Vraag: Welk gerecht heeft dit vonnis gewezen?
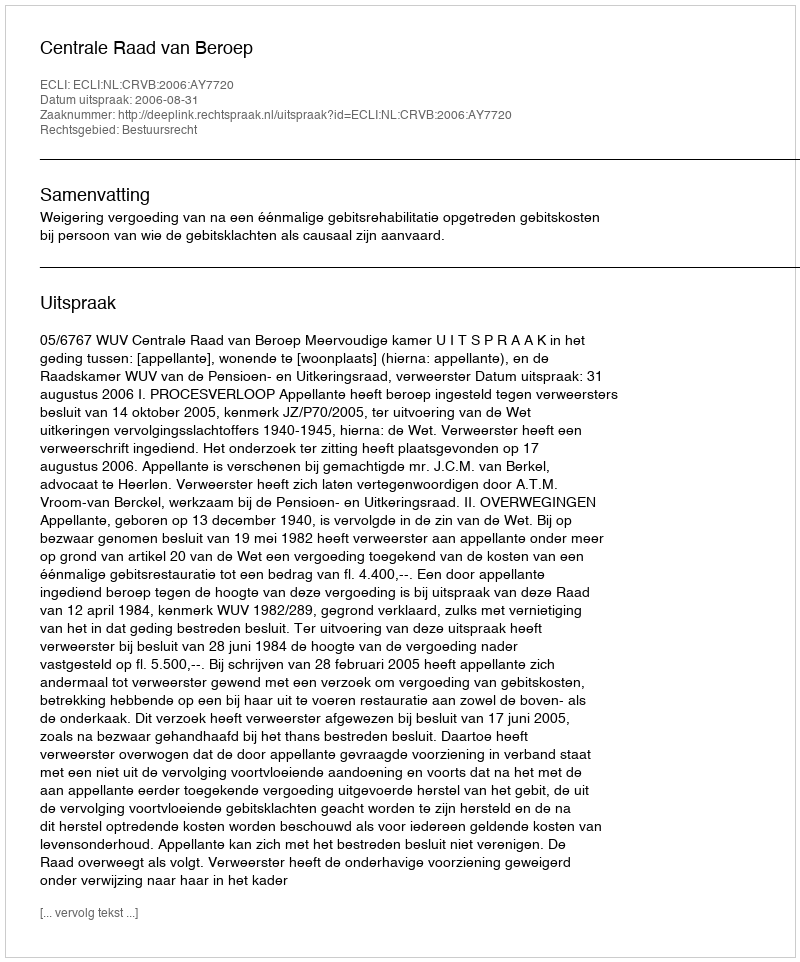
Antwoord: Centrale Raad van Beroep